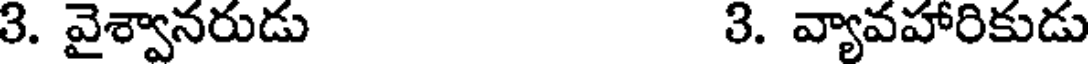
3. వైశ్వానరుడు 3. వ్యావహారికుడు